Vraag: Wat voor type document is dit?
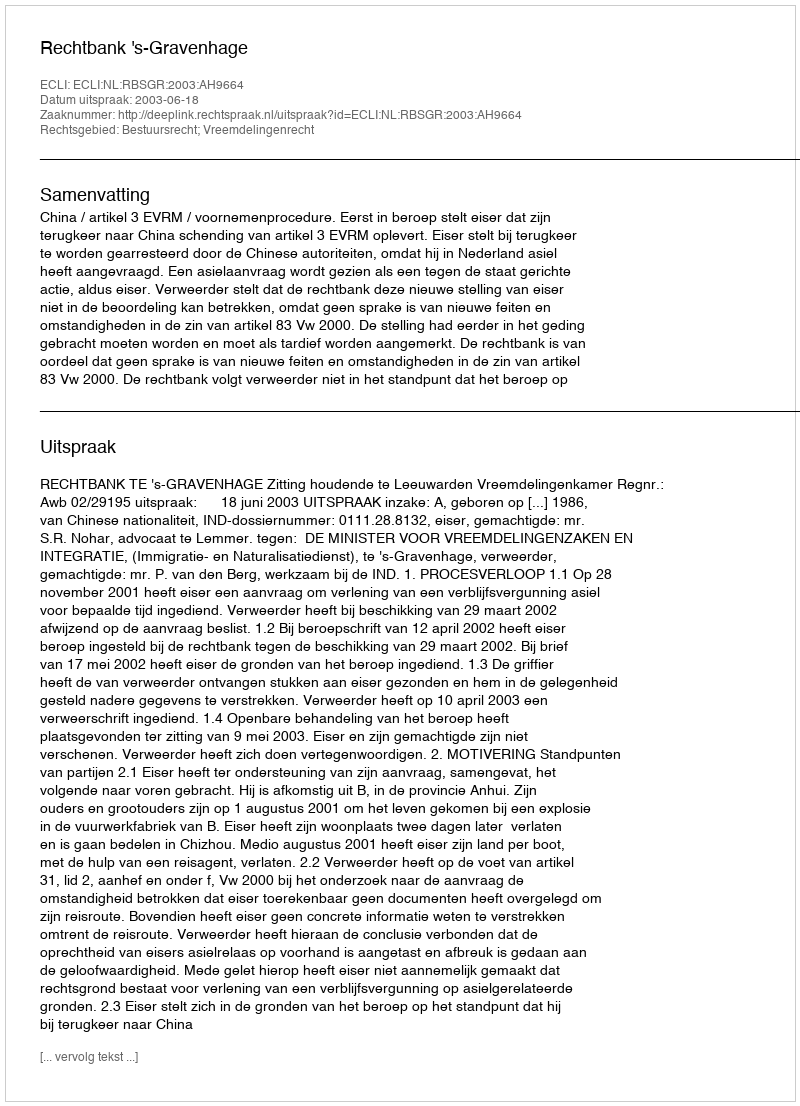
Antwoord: Uitspraak